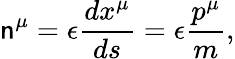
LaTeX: \mathsf{n}^{\mu}=\epsilon\frac{{dx^{\mu}}}{{ds}}=\epsilon\frac{{p^{\mu}}}{m},